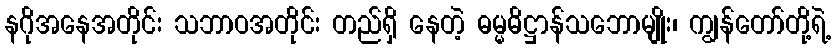
နဂိုအနေအတိုင်း သဘာဝအတိုင်း တည်ရှိ နေတဲ့ ဓမ္မဓိဋ္ဌာန်သဘောမျိုး၊ ကျွန်တော်တို့ရဲ့